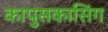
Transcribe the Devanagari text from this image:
कापुसकासिंग